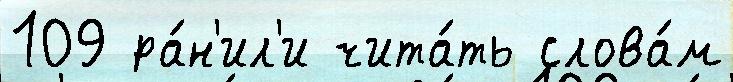
109 ра́н'ил'и чита́ть слова́м